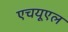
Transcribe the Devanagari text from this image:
एचयूएल